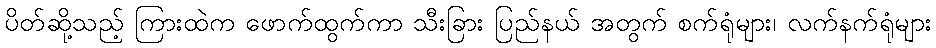
ပိတ်ဆို့သည့် ကြားထဲက ဖောက်ထွက်ကာ သီးခြား ပြည်နယ် အတွက် စက်ရုံများ၊ လက်နက်ရုံများ